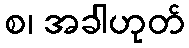
စ၊ အခါဟုတ်